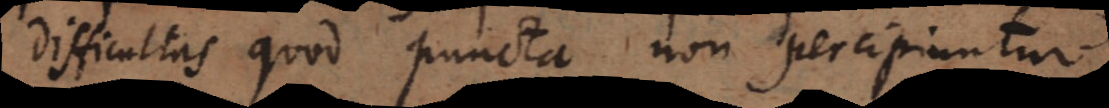
Difficultas quod puncta non percipiuntur